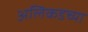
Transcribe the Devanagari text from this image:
अलिकडच्‍या